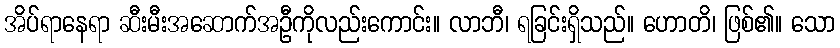
အိပ်ရာနေရာ ဆီးမီးအဆောက်အဦကိုလည်းကောင်း။ လာဘီ၊ ရခြင်းရှိသည်။ ဟောတိ၊ ဖြစ်၏။ သော